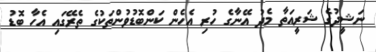
ނަޝީދުގެ ޝަރީއަތާ މެދު އޭނާގެ ހުރި އެހެން ކަންބޮޑުވުންތަކުގެ ތެރޭގައި އެހާ ބޮޑު